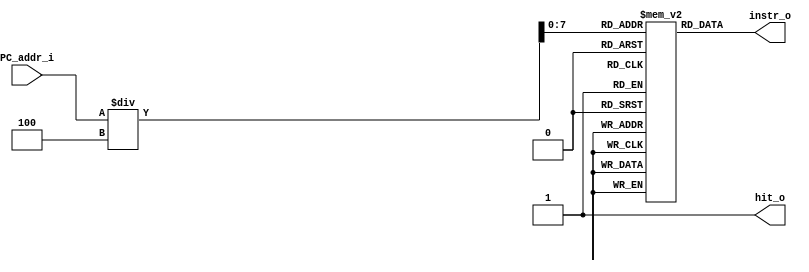
module Instr_Memory
(
    PC_addr_i, // PC Address in
    instr_o,   // Instruction out
    hit_o      // weather data is ready
);
//*****************************************************************************
    // I/O Ports Declaration
    input  [31:0] PC_addr_i; // PC Address in
    output [31:0] instr_o;   // Instruction out
    output        hit_o;

    // Global variables Declaration
    // System
    reg    [31:0] memory[0:255]; //32 words Memory

    // System conection
    // Output
    assign instr_o = memory[PC_addr_i/4];
//*****************************************************************************
    initial
    begin
        memory[ 0] = 32'd0; memory[ 1] = 32'd0; memory[ 2] = 32'd0; memory[ 3] = 32'd0;
        memory[ 4] = 32'd0; memory[ 5] = 32'd0; memory[ 6] = 32'd0; memory[ 7] = 32'd0;
        memory[ 8] = 32'd0; memory[ 9] = 32'd0; memory[10] = 32'd0; memory[11] = 32'd0;
        memory[12] = 32'd0; memory[13] = 32'd0; memory[14] = 32'd0; memory[15] = 32'd0;
        memory[16] = 32'd0; memory[17] = 32'd0; memory[18] = 32'd0; memory[19] = 32'd0;
        memory[20] = 32'd0; memory[21] = 32'd0; memory[22] = 32'd0; memory[23] = 32'd0;
        memory[24] = 32'd0; memory[25] = 32'd0; memory[26] = 32'd0; memory[27] = 32'd0;
        memory[28] = 32'd0; memory[29] = 32'd0; memory[30] = 32'd0; memory[31] = 32'd0; 
    end
    assign hit_o = 1'b1;
//*****************************************************************************
endmodule